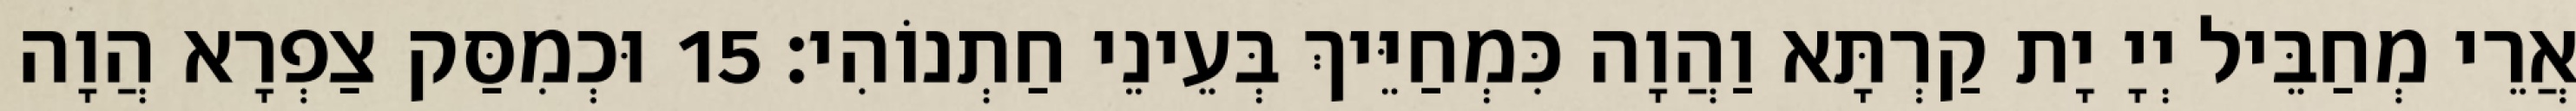
אֲרֵי מְחַבֵּיל יְיָ יָת קַרְתָּא וַהֲוָה כִּמְחַיֵּיךְ בְּעֵינֵי חַתְנוֹהִי׃ 15 וּכְמִסַּק צַפְרָא הֲוָה